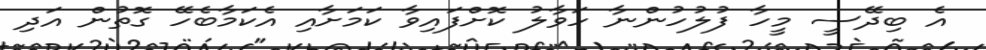
އެ ބިދޭސީ މީހާ ފުލުހުންނާ ހަވާލު ކޮށްފައިވާ ކަމަށާއި އެކަމާބެހޭ ގޮތުން އަދި